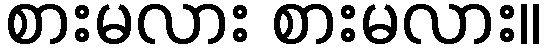
စားမလား စားမလား။